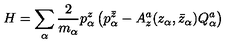
H = \sum _ { \alpha } { \frac { 2 } { m _ { \alpha } } } p _ { \alpha } ^ { z } \left( p _ { \alpha } ^ { \bar { z } } - A _ { z } ^ { a } ( z _ { \alpha } , \bar { z } _ { \alpha } ) Q _ { \alpha } ^ { a } \right)